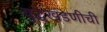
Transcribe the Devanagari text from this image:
युद्धखंडणीची